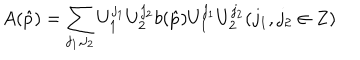
A ( \hat { p } ) = \sum _ { j _ { 1 } , j _ { 2 } } U _ { 1 } ^ { j _ { 1 } } U _ { 2 } ^ { j _ { 2 } } b ( \hat { p } ) U _ { 1 } ^ { j _ { 1 } } U _ { 2 } ^ { j _ { 2 } } ( j _ { 1 } , j _ { 2 } \in Z )